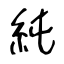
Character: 純